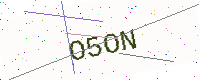
Text: O5ON